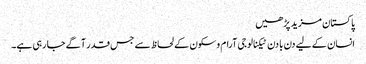
پاکستان مزید پڑھیں
انسان کے لیے دن با دن ٹیکنالوجی آرام وسکون کے لحاظ سے جس قدر آگے جا رہی ہے۔